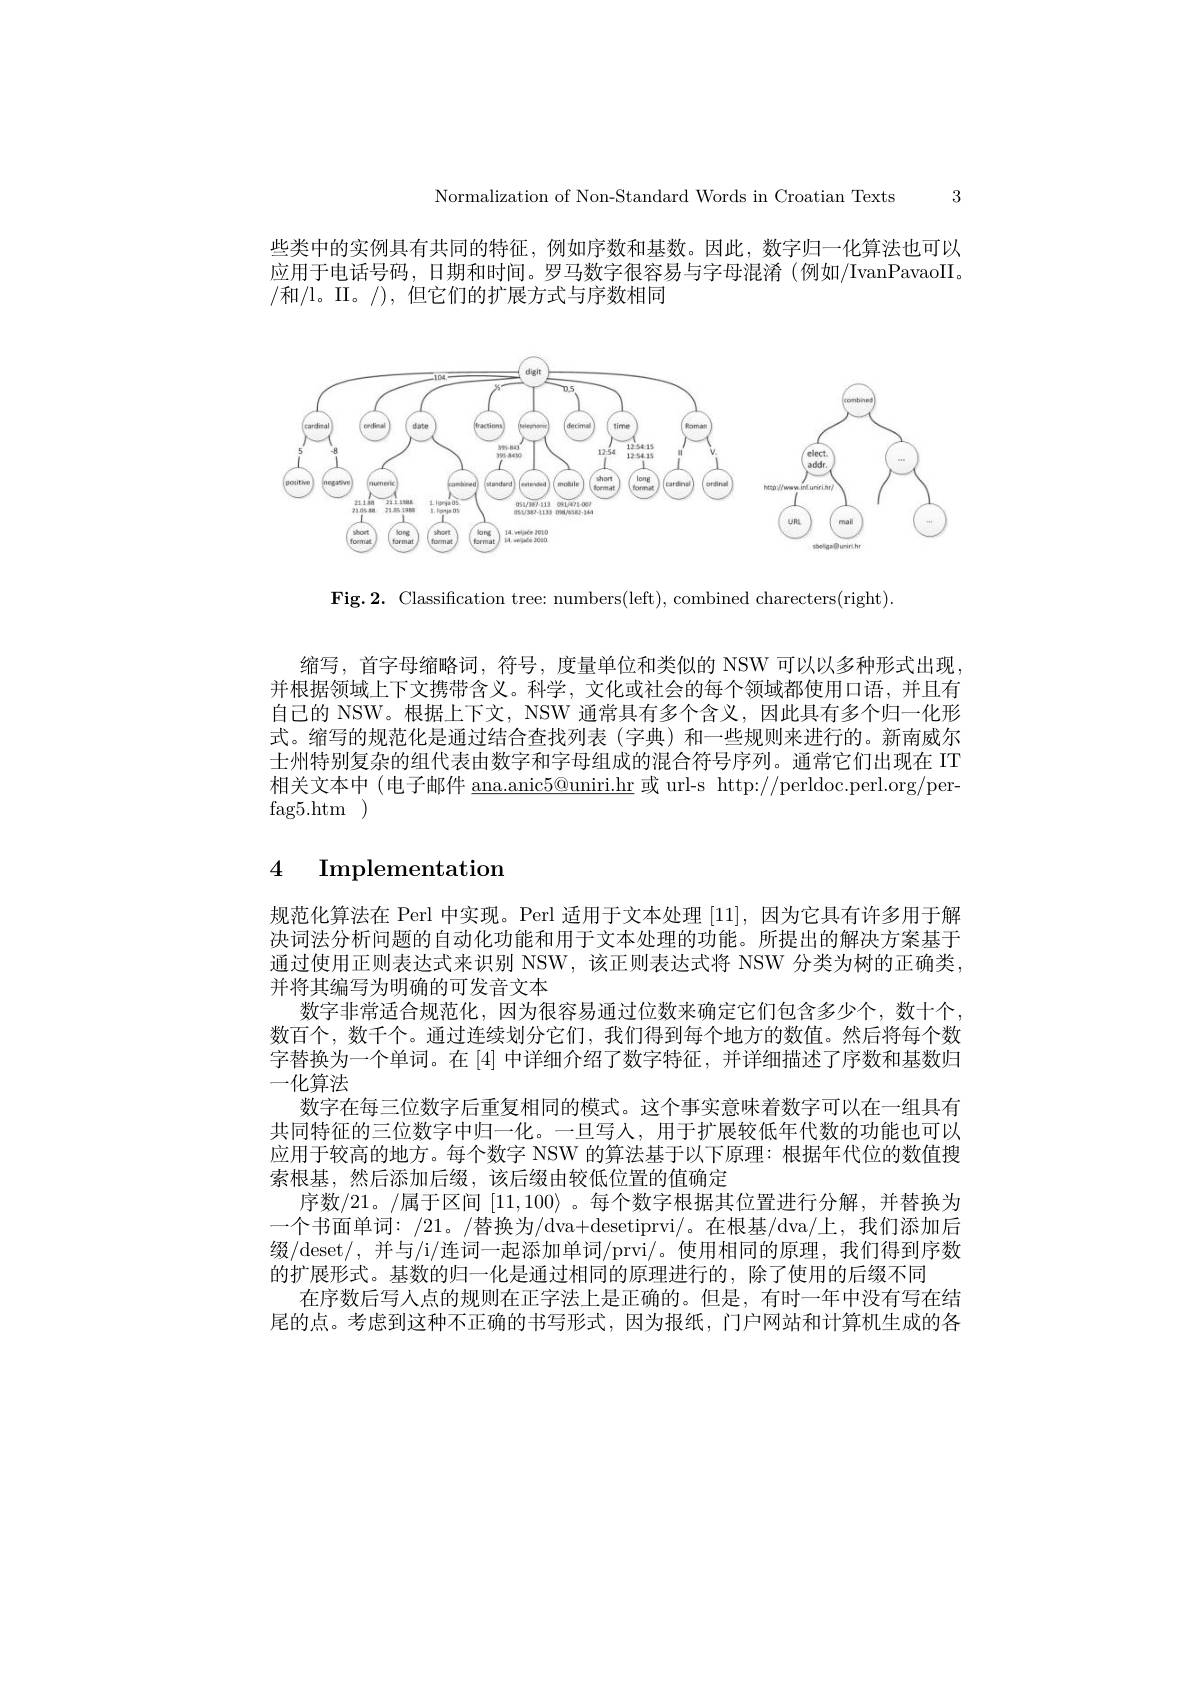
Normalization of Non-Standard Words in Croatian Texts 3

些类中的实例具有共同的特征，例如序数和基数。因此，数字归一化算法也可以应用于电话号码，日期和时间。罗马数字很容易与字母混淆(例如/IvanPavaoII, /和/l。II。/),但它们的扩展方式与序数相同

<FigureHere>

Fig.2. Classification tree: numbers(left), combined charecters(right)

缩写，首字母缩略词，符号，度量单位和类似的 NSW 可以以多种形式出现， 并根据领域上下文携带含义。科学，文化或社会的每个领域都使用口语，并且有自己的 NSW。根据上下文，NSW 通常具有多个含义，因此具有多个归一化形式。缩写的规范化是通过结合查找列表(字典)和一些规则来进行的。新南威尔士州特别复杂的组代表由数字和字母组成的混合符号序列。通常它们出现在 IT 相关文本中 (电子邮件$\underline\text{ana.anic}5@$uniri.hr 或 url-s http://perldoc.perl.org/per fag5. htm )

# 4 Implementation

规范化算法在 Perl 中实现。Perl 适用于文本处理[11],因为它具有许多用于解决词法分析问题的自动化功能和用于文本处理的功能。所提出的解决方案基于通过使用正则表达式来识别 NSW,该正则表达式将 NSW 分类为树的正确类， 并将其编写为明确的可发音文本
数字非常适合规范化，因为很容易通过位数来确定它们包含多少个，数十个数百个，数千个。通过连续划分它们，我们得到每个地方的数值。然后将每个数字替换为一个单词。在[4]中详细介绍了数字特征，并详细描述了序数和基数归一化算法
数字在每三位数字后重复相同的模式。这个事实意味着数字可以在一组具有共同特征的三位数字中归一化。一旦写人，用于扩展较低年代数的功能也可以应用于较高的地方。每个数字 NSW 的算法基于以下原理：根据年代位的数值搜索根基，然后添加后缀，该后缀由较低位置的值确定
序数/21。/属于区间$[11,100\rangle$ 。每个数字根据其位置进行分解，并替换为一个书面单词：/21。/替换为/dva+desetiprvi/。在根基/dva/上，我们添加后缀/deset/,并与/i/连词一起添加单词/prvi/。使用相同的原理，我们得到序数的扩展形式。基数的归一化是通过相同的原理进行的，除了使用的后缀不同
在序数后写人点的规则在正字法上是正确的。但是，有时一年中没有写在结尾的点。考虑到这种不正确的书写形式，因为报纸，门户网站和计算机生成的各